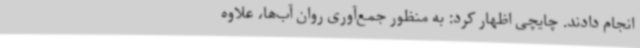
انجام دادند. چایچی اظهار کرد: به منظور جمع‌آوری روان آب‌ها، علاوه